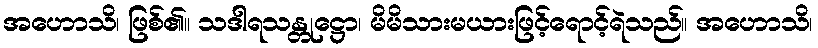
အဟောသိ၊ ဖြစ်၏။ သဒါရသန္တုဋ္ဌော၊ မိမိသားမယားဖြင့်ရောင့်ရဲသည်။ အဟောသိ၊